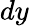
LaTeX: dy